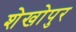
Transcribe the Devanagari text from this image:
शेखोपुर